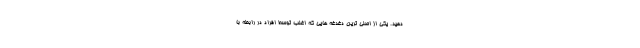
دهید. یکی از اصلی ترین دغدغه هایی که اغلب توسط افراد در رابطه با